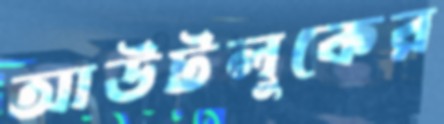
আউটলুকের